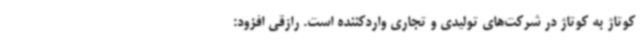
کوتاژ به کوتاژ در شرکت‌های تولیدی و تجاری واردکننده است. رازقی افزود: